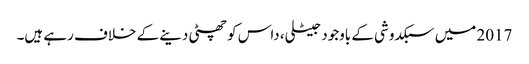
2017 میں سبکدوشی کے باوجود جیٹلی، داس کو چھٹی دینے کے خلاف رہے ہیں۔